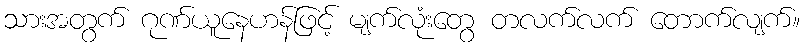
သားအတွက် ဂုဏ်ယူနေဟန်ဖြင့် မျက်လုံးတွေ တလက်လက် တောက်လျက်။